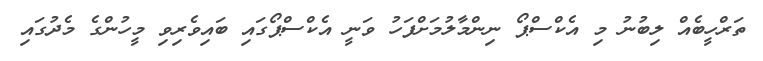
ތަރްހީބެއް ލިބުނު މި އެކްސްޕޯ ނިންމާލުމަށްފަހު ވަނީ އެކްސްޕޯގައި ބައިވެރިވި މީހުންގެ މެދުގައި